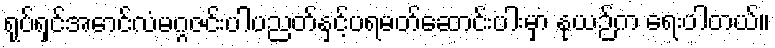
ရုပ်ရှင်အောင်လံမဂ္ဂဇင်းပါပညတ်နှင့်ပရမတ်ဆောင်းပါးမှာ နုယဉ်က ရေးပါတယ်။